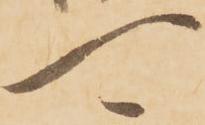
可